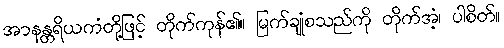
အာနန္တရိယကံတို့ဖြင့် တိုက်ကုန်၏။ မြက်ချုံစသည်ကို တိုက်အံ့၊ ပါစိတ်။